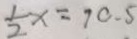
\frac { 1 } { 2 } x = 7 0 . 5